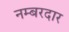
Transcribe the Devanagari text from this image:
नम्बरदार